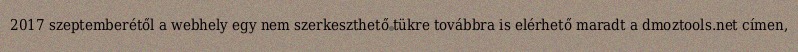
2017 szeptemberétől a webhely egy nem szerkeszthető tükre továbbra is elérhető maradt a dmoztools.net címen,